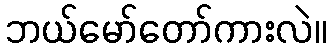
ဘယ်မော်တော်ကားလဲ။